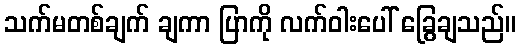
သက်မတစ်ချက် ချကာ ပြာကို လက်ဝါးပေါ် ခြွေချသည်။